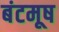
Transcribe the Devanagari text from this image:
बंटमूष